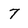
Character: 7